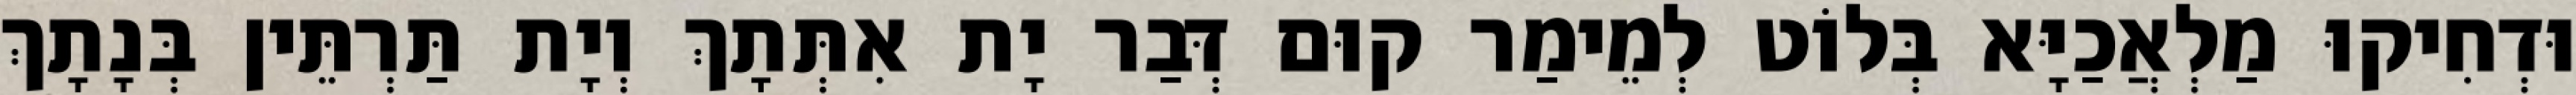
וּדְחִיקוּ מַלְאֲכַיָּא בְּלוֹט לְמֵימַר קוּם דְּבַר יָת אִתְּתָךְ וְיָת תַּרְתֵּין בְּנָתָךְ